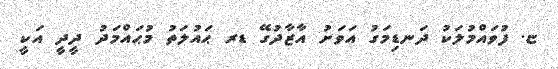
ޏ. ފުވައްމުލަކު ދަނޑިމަގު އަވަށު އާޒާދުގޭ ޑރ ޙައުލަތު މުޙައްމަދު ދީދީ އަކީ